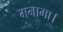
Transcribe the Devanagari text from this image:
मनामा।